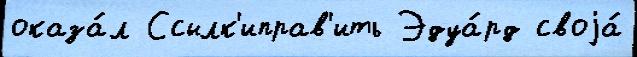
оказа́л Ссылк'иправ'ить Эдуа́рд своjа́